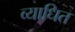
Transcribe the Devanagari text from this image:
व्याधित